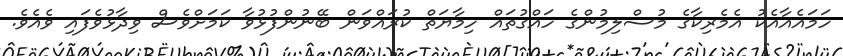
ހަމައެއާއެކު އެމެރިކާގެ މުސްލިމުންގެ ހައްގުތައް ހިމާޔަތް ކުރައްވަން ބޭނުންފުޅުވާ ކަމަށްވެސް ވިދާޅުވެފައި ވެއެވެ.